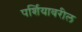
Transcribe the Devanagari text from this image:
पर्शियावरील